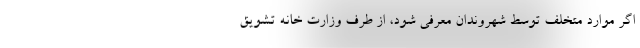
اگر موارد متخلف توسط شهروندان معرفی شود، از طرف وزارت خانه تشویق